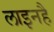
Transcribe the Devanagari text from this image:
लाइनहै